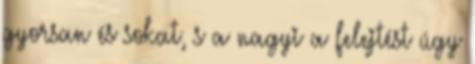
gyorsan és sokat, s a nagyi a felejtést úgy